Annual administration report of the Civil Veterinary Department, Ajmere-Merwara, British Rajputana - 1914-1940
Year: 1914
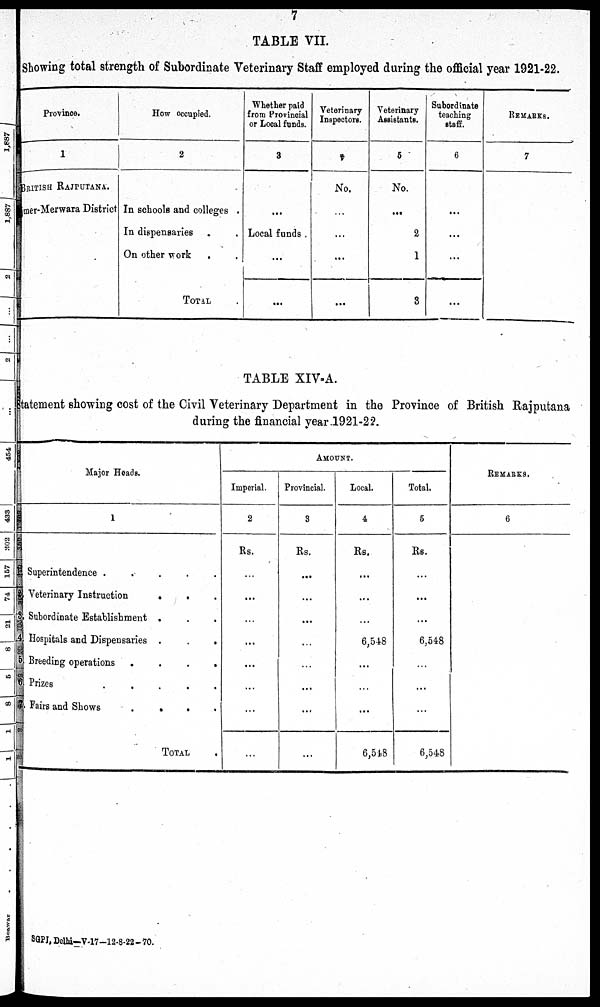
7
TABLE VII.
Showing total strength of Subordinate Veterinary Staff employed during the official year 1921-22.
Province.
1
BRITISH RAJPUTANA.
mer-Merwara District
How occupied.
2
In schools and colleges .
In dispensaries . .
On other work . .
TOTAL .
Whether paid
from Provincial
or Local funds.
3
...
Local funds .
...
...
Veterinary
Inspectors.
4
No.
...
...
...
...
Veterinary
Assistants.
5
No.
...
2
1
8
Subordinate
teaching
staff.
6
...
...
...
...
REMARKS.
7
TABLE XIV-A.
tatement showing cost of the Civil Veterinary Department in the Province of British Rajputana
during the financial year 1921-22.
Major Heads.
1
Superintendence .
.
.
.
.
Veterinary Instruction
.
. .
Subordinate Establishment . . .
Hospitals and Dispensaries .
.
.
Breeding operations
.
.
.
.
Prizes
.
.
.
.
.
Fairs and Shows
.
.
.
.
TOTAL
AMOUNT.
Imperial.
2
Rs.
...
...
...
...
...
...
...
...
Provincial.
3
Rs.
...
...
...
...
...
...
...
...
Local.
4
Rs.
...
...
...
6,548
...
...
...
6,548
Total.
5
Rs.
...
...
...
6,548
...
...
...
6,548
REMARKS.
6
SGPI, Delhi-V-17-12-8-22-70.